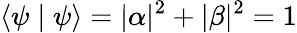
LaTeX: \langle\psi\mid\psi\rangle=|\alpha|^{2}+|\beta|^{2}=1